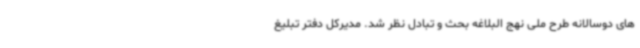
های دوسالانه طرح ملی نهج البلاغه بحث و تبادل نظر شد. مدیرکل دفتر تبلیغ